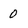
Character: 0